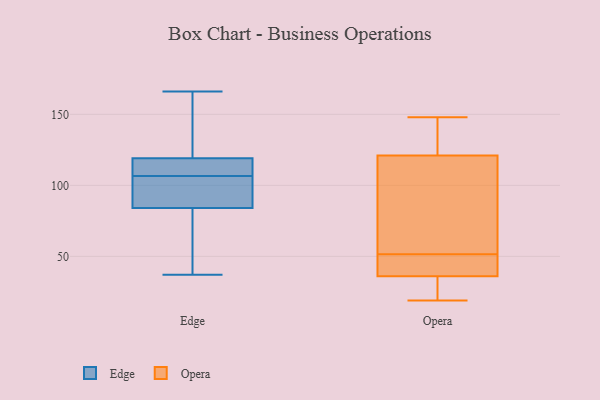
{"axis": {"x": "Churn Rate (%)", "y": "Value"}, "legend": ["Edge", "Opera"], "data": [{"x": "", "y": 82, "type": "Edge"}, {"x": "", "y": 109, "type": "Edge"}, {"x": "", "y": 112, "type": "Edge"}, {"x": "", "y": 104, "type": "Edge"}, {"x": "", "y": 87, "type": "Edge"}, {"x": "", "y": 136, "type": "Edge"}, {"x": "", "y": 45, "type": "Edge"}, {"x": "", "y": 113, "type": "Edge"}, {"x": "", "y": 125, "type": "Edge"}, {"x": "", "y": 69, "type": "Edge"}, {"x": "", "y": 131, "type": "Edge"}, {"x": "", "y": 37, "type": "Edge"}, {"x": "", "y": 86, "type": "Edge"}, {"x": "", "y": 113, "type": "Edge"}, {"x": "", "y": 91, "type": "Edge"}, {"x": "", "y": 161, "type": "Edge"}, {"x": "", "y": 99, "type": "Edge"}, {"x": "", "y": 67, "type": "Edge"}, {"x": "", "y": 166, "type": "Edge"}, {"x": "", "y": 113, "type": "Edge"}, {"x": "", "y": 121, "type": "Opera"}, {"x": "", "y": 87, "type": "Opera"}, {"x": "", "y": 148, "type": "Opera"}, {"x": "", "y": 32, "type": "Opera"}, {"x": "", "y": 47, "type": "Opera"}, {"x": "", "y": 36, "type": "Opera"}, {"x": "", "y": 56, "type": "Opera"}, {"x": "", "y": 40, "type": "Opera"}, {"x": "", "y": 19, "type": "Opera"}, {"x": "", "y": 144, "type": "Opera"}]}